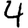
Digit: 4